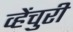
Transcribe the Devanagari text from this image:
व्हेंचुरी